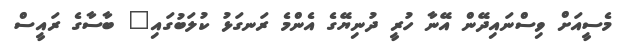
މެސީއަށް ވިސްނައިދޭން އޭނާ ހުރީ ދުނިޔޭގެ އެންމެ ރަނގަޅު ކުލަބުގައި" ބާސާގެ ރައީސް